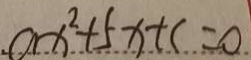
a x ^ { 2 } + 5 x + c = 0 .